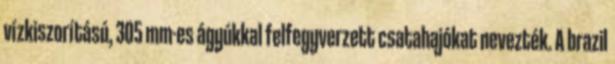
vízkiszorítású, 305 mm-es ágyúkkal felfegyverzett csatahajókat nevezték. A brazil